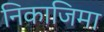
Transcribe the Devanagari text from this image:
निकाजिमा